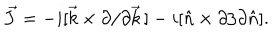
LaTeX: \vec { J } = - i [ \vec { k } \times \partial / \partial \vec { k } \, ] - i [ \hat { n } \times \partial / \partial \hat { n } ] .